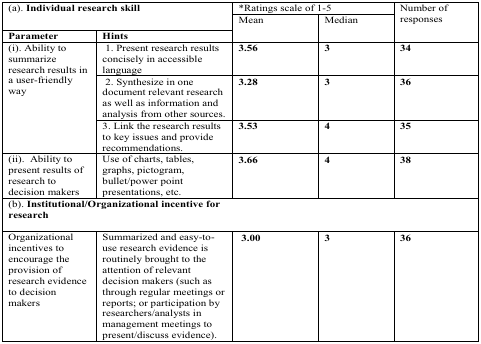
| <COLSPAN=2> (a). Individual research skill | <COLSPAN=2> *Ratings scale of 1–5 | <ROWSPAN=2> Number ofresponses |
 | Parameter | Hints | Mean | Median |
 | --- | --- | --- | --- | --- |
 | <ROWSPAN=3> (i). Ability tosummarizeresearch results ina user-friendlyway | 1. Present research resultsconcisely in accessiblelanguage | 3.56 | 3 | 34 |
 | 2. Synthesize in onedocument relevant researchas well as information andanalysis from other sources. | 3.28 | 3 | 36 |
 | 3. Link the research resultsto key issues and providerecommendations. | 3.53 | 4 | 35 |
 | (ii). Ability topresent results ofresearch todecision makers | Use of charts, tables,graphs, pictogram,bullet/power pointpresentations, etc. | 3.66 | 4 | 38 |
 | <COLSPAN=5> (b). Institutional/Organizational incentive forresearch |
 | Organizationalincentives toencourage theprovision ofresearch evidenceto decisionmakers | Summarized and easy-to-useresearch evidence isroutinely brought to theattention of relevantdecision makers (such asthrough regular meetings orreports; or participation byresearchers/analysts inmanagement meetings topresent/discuss evidence). | 3.00 | 3 | 36 |